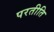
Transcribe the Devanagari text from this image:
परतीति